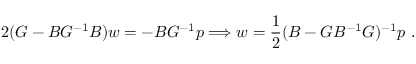
2 ( G - B G ^ { - 1 } B ) w = - B G ^ { - 1 } p \Longrightarrow w = \frac { 1 } { 2 } ( B - G B ^ { - 1 } G ) ^ { - 1 } p \ .